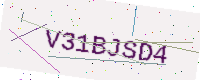
Text: V31BJSD4